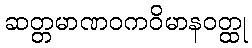
ဆတ္တမာဏဝကဝိမာနဝတ္ထု